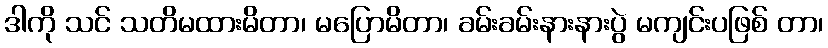
ဒါကို သင် သတိမထားမိတာ၊ မပြောမိတာ၊ ခမ်းခမ်းနားနားပွဲ မကျင်းပဖြစ် တာ၊